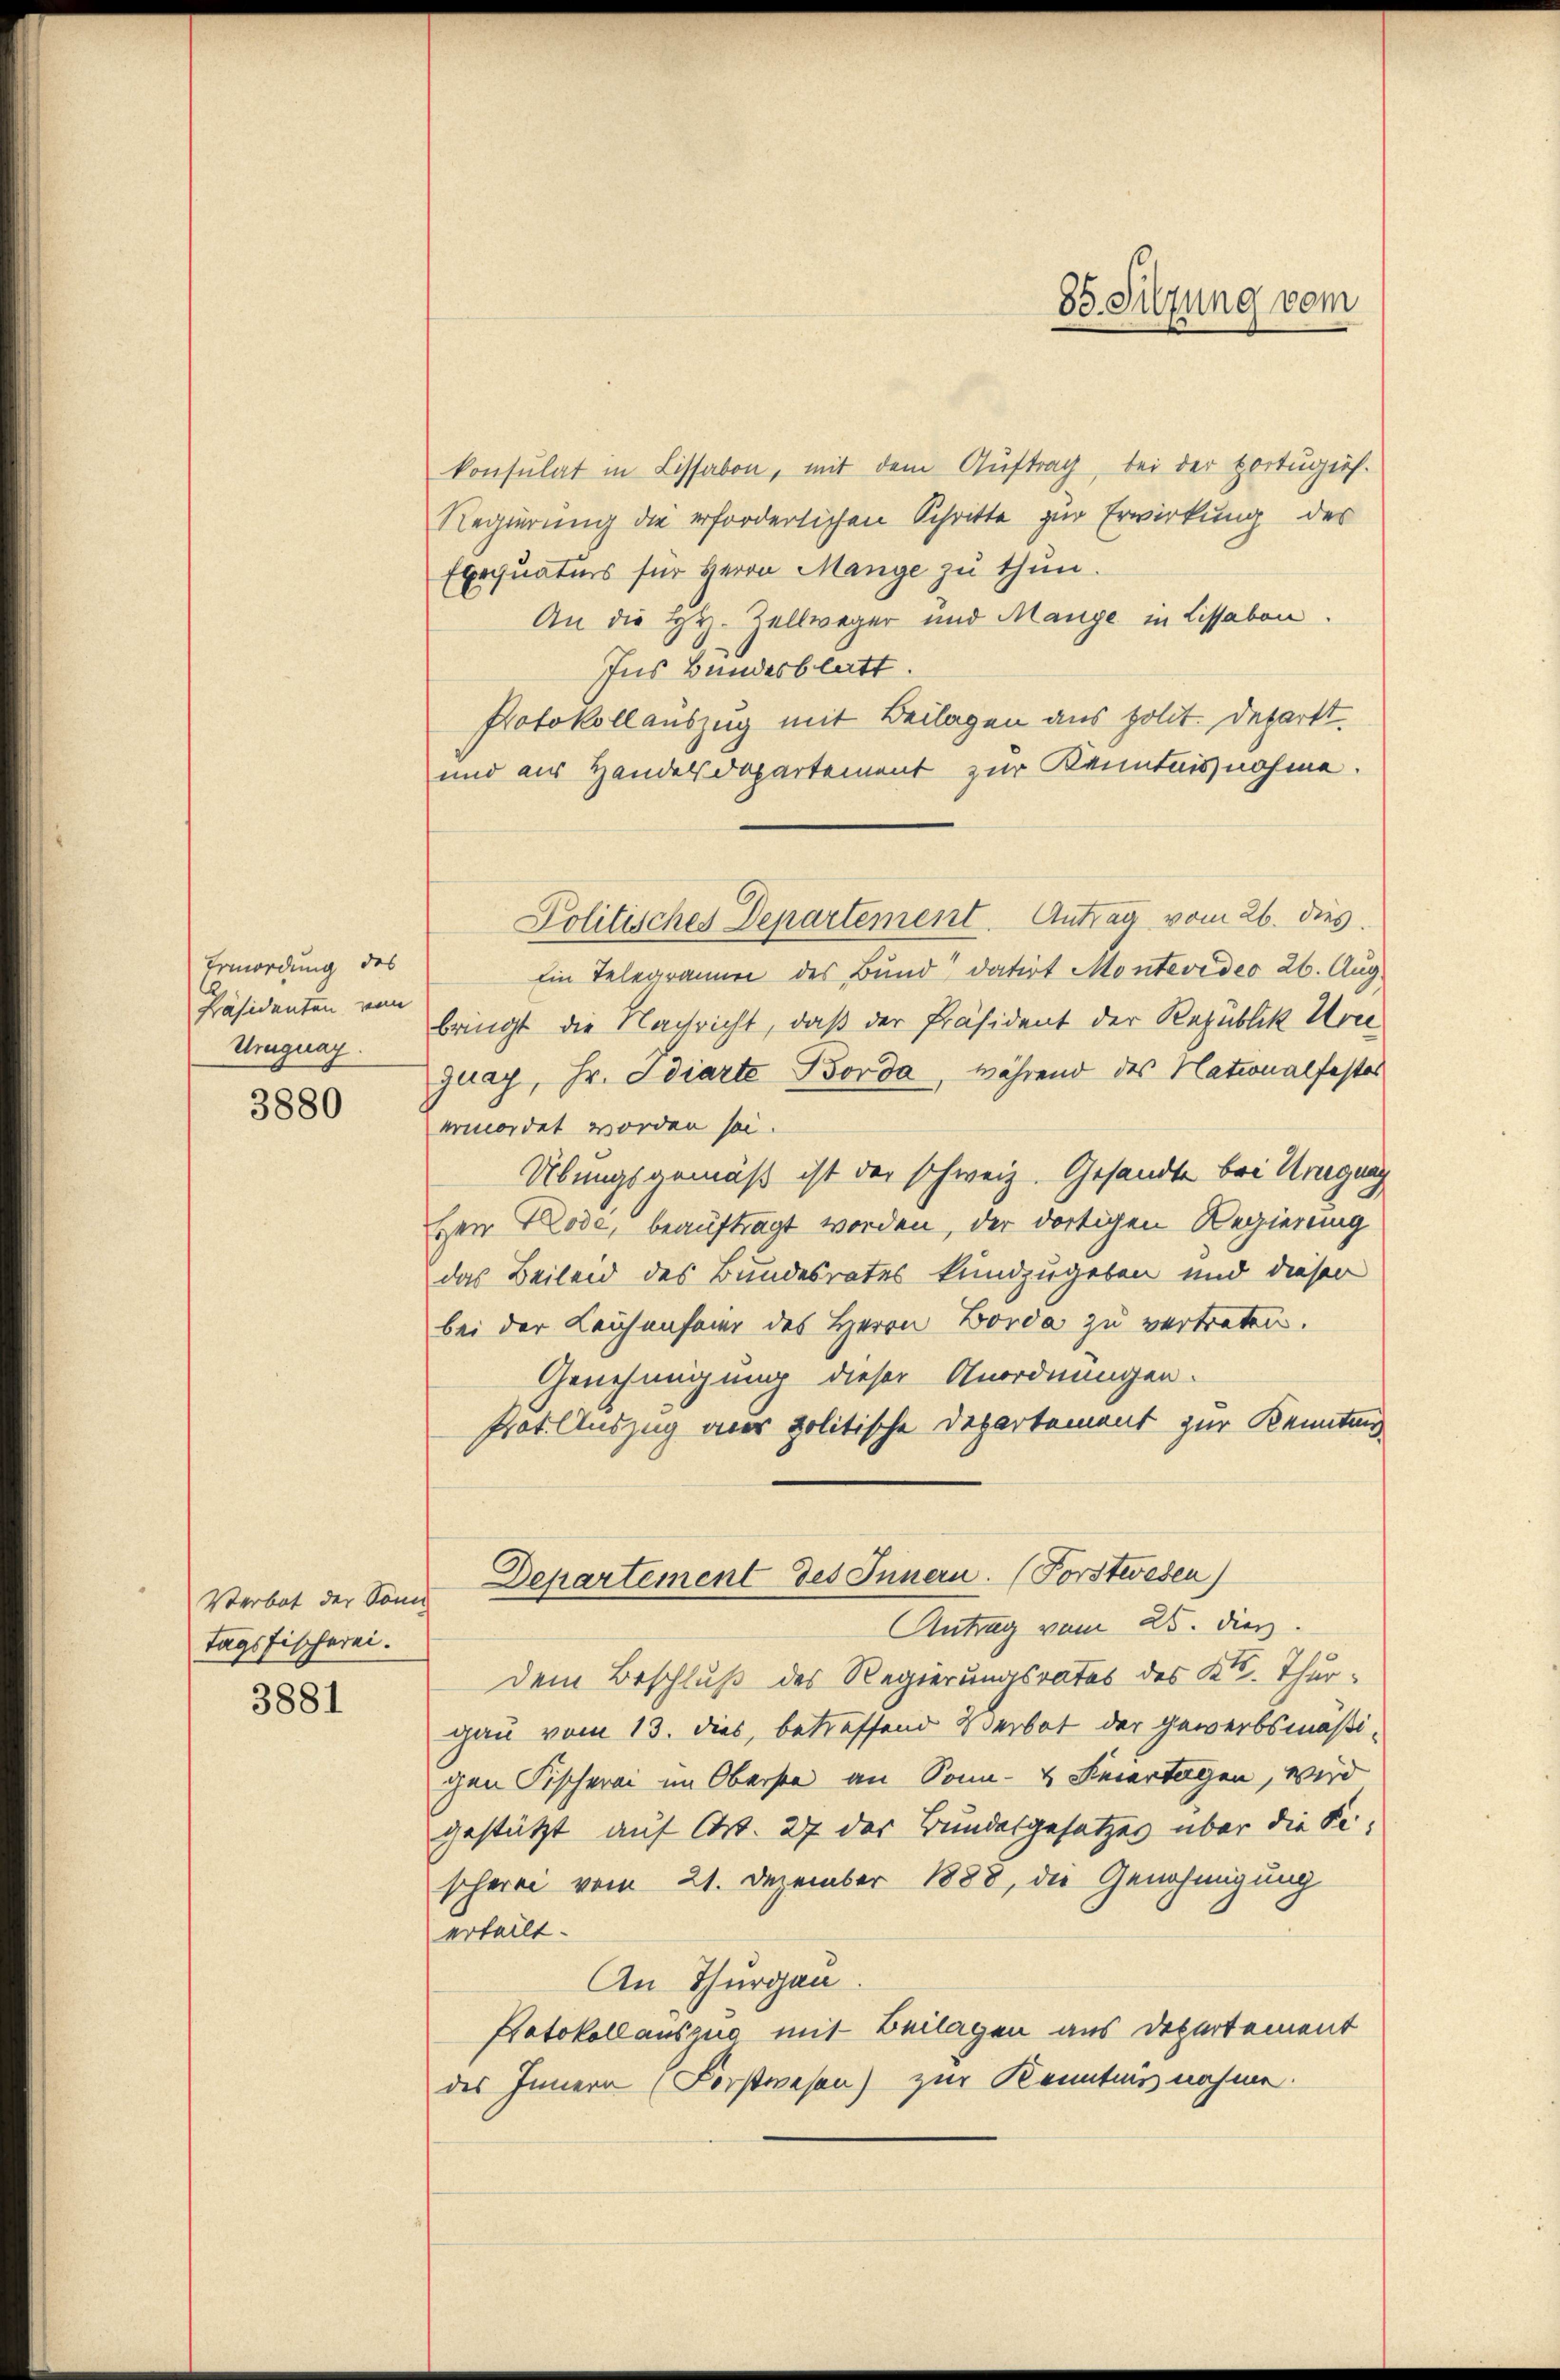
Ermordung des
Präsidenten vom
Uruguay.

3880

Verbot der Sonn
Tagsfischerei.
3881

Politisches Departement. Antrag vom 26. dies

85. Sitzung vom

konsulat in Lissabon, mit dem Auftrag, bei der Hortugies.
Regierung die erforderlichen Schritte zur Erwirkung des
Exequaturs für Herrn Mange zu thun.
An die Hy. Zellweger und Mange in Lissabon.
Ins Bundesblatt.
Protokollauszug mit Beilagen aus polit. Departt.
und aus Handelsdepartement zur Kenntnisnahme.
Ein Telegrammen des Bund“ datirt Montevideo 26. Aug.
bringt die Nachricht, daß der Präsident der Republik Hori
quay, Hr. Idiarte Borda, während des Nationalfester
ermordet worden sei.
Übungsgemäß ist der schweiz. Gesandte bei Kriegung
Herr Prode, beauftragt worden, der dortigen Regierung
das Beileid des Bundesrates kundzugeben und dieser
bei der Leichenfeier des Herrn Borda zu vertreten.
Genehmigung dieser Anordnungen.
Prot. Auszug aus politische Departement zur Kenntnis
Departement des Innern. (Forstwesen)
Antrag vom 25. dien.
Dem Beschluß des Regierungsrates des Kt. Thurgau vom 13. dies, betreffend Verbot der gewerbsmäßi-
gen Fischerei im Oberste an Sonn- & Feiertagen, wird
gestützt auf Art. 27 der Bundesgesetzes über die Sischerei vom 21. Dezember 1888, die Genehmigung
erteilt.
An Thurgau
Kotokollauszug mit Beilagen aus Departement
des Innern (Forstwesen) zur Kenntnis nahme.